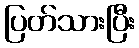
ပြတ်သားပြီး